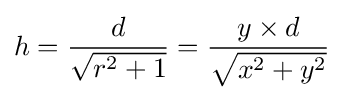
h={\frac {d}{\sqrt {r^{2}+1}}}={\frac {y\times d}{\sqrt {x^{2}+y^{2}}}}